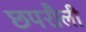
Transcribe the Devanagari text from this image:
छपरौली